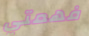
فهمتي